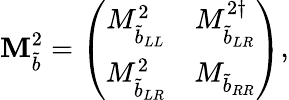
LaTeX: \mathbf{M}_{\tilde{{b}}}^{2}=\left(\begin{array}{cc}{{M_{{\tilde{b}}_{LL}}^{2}}}&{{M_{{\tilde{b}}_{LR}}^{2\dagger}}}\\ {{M_{{\tilde{b}}_{LR}}^{2}}}&{{M_{{\tilde{b}}_{RR}}}}\end{array}\right),